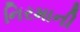
નિરમાની